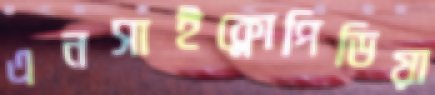
এনসাইক্লোপিডিয়া